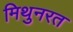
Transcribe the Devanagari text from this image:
मिथुनरत